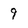
Character: 9